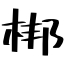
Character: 梆